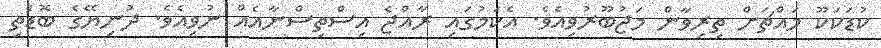
ކުޑަކަކޫ މައްޗަށް ތިރިވާން މަޖުބޫރުވިއެވެ. އެކަމުގައި ރާއްޖެ އިސްތިސްނާއެއް ނުވިއެވެ. ދުނިޔޭގެ ބޮޑެތި